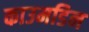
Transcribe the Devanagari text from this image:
काउमडिन